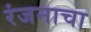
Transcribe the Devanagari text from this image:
रंजनाचा